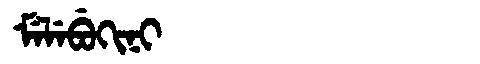
Manchu: ᠮᡝᠯᡝᠪᡠᡴᡳᠨᡳ
Romanization: MELEBUKINI